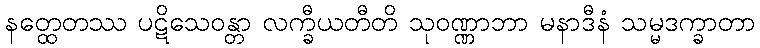
နတ္ထေတဿ ပဋိသေဝန္တာ လက္ခီယတီတိ သုဝဏ္ဏာဘာ မနာဒီနံ သမ္မဒက္ခာတာ